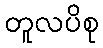
တူလပိစု